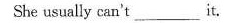
She usually can't ____ it.